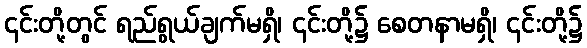
၎င်းတို့တွင် ရည်ရွယ်ချက်မရှိ၊ ၎င်းတို့၌ စေတနာမရှိ၊ ၎င်းတို့၌